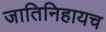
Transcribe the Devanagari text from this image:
जातिनिहायच